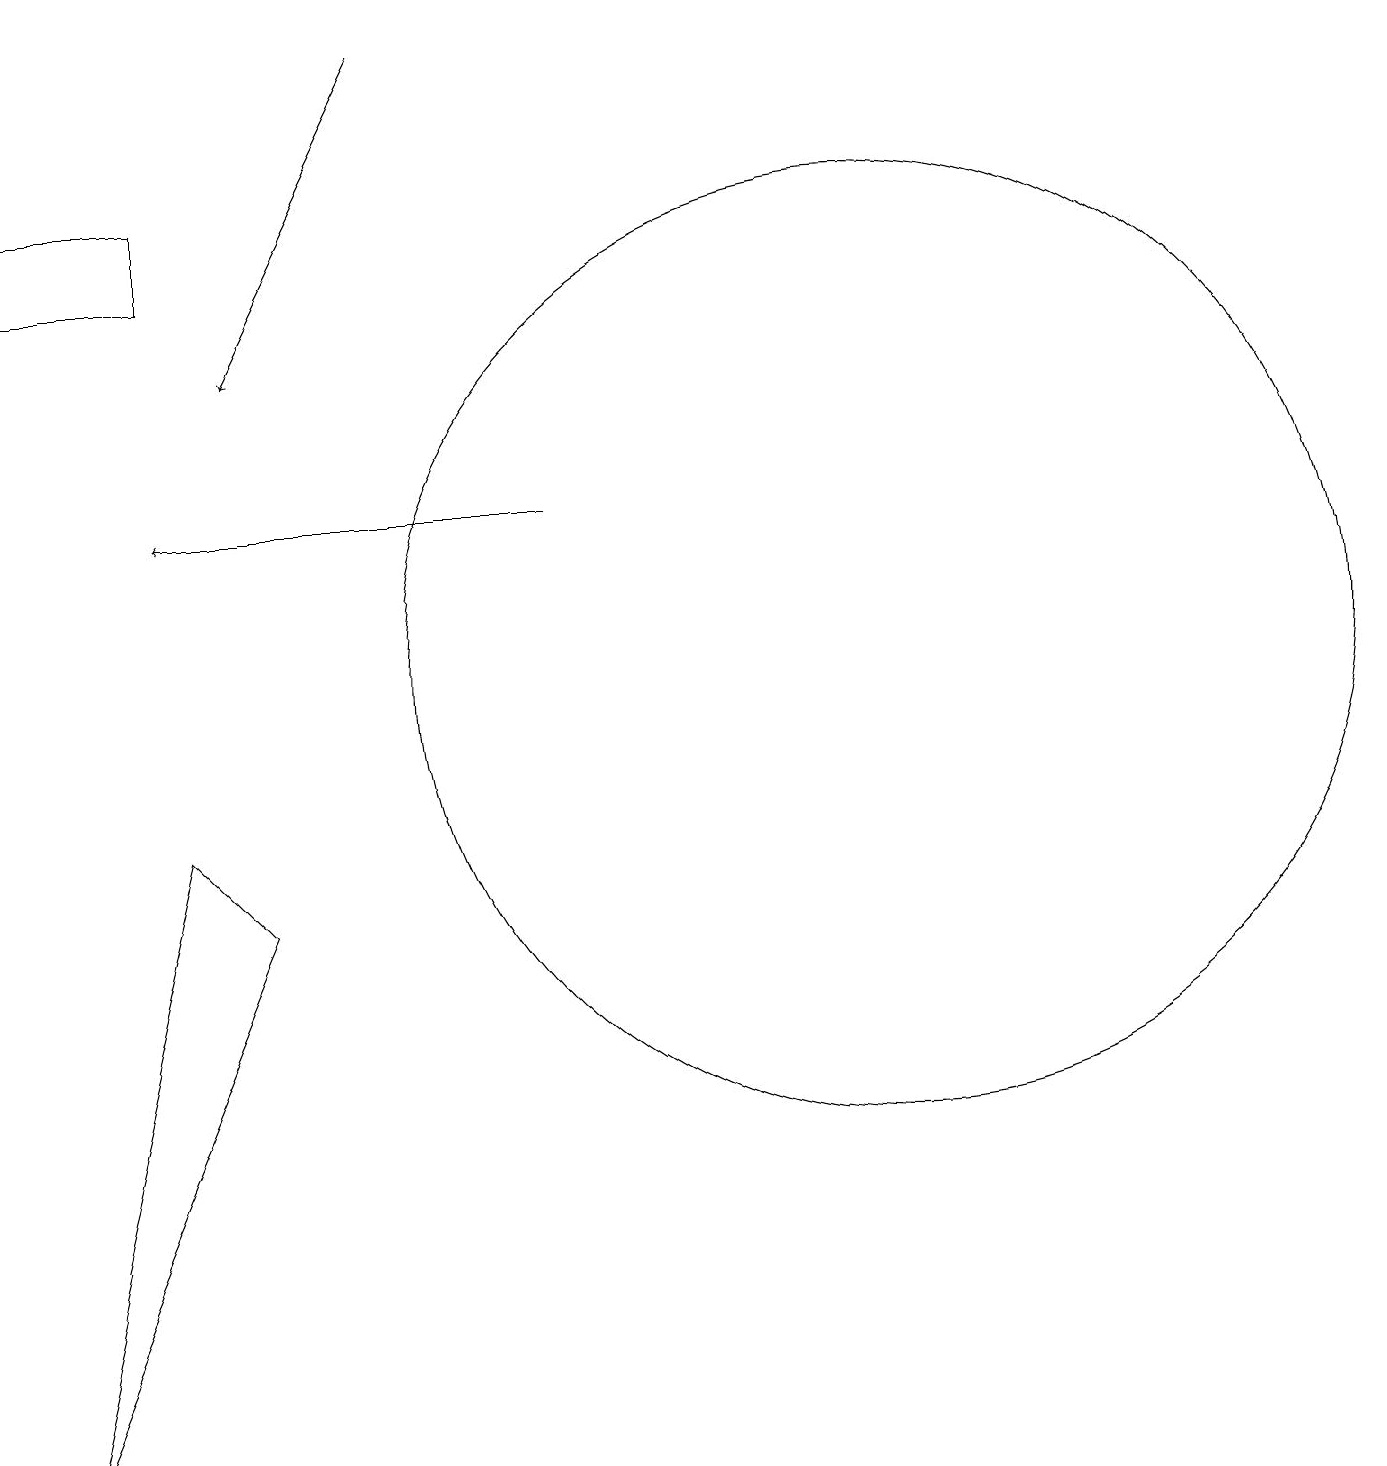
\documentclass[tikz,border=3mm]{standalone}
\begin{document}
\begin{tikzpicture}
\draw (12,11) circle (6);
\draw (3,17) rectangle (1,16);
\draw[->] (6,19) -- (4,15);
\draw (4,8) -- (3,9) -- (1,1) -- cycle;
\draw[->] (8,13) -- (3,13);
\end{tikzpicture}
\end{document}